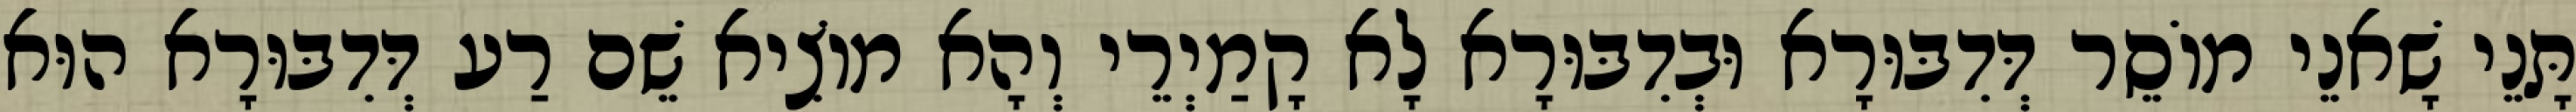
תָּנֵי שָׁאנֵי מוֹסֵר דְּדִבּוּרָא וּבְדִבּוּרָא לָא קָמַיְרֵי וְהָא מוֹצִיא שֵׁם רַע דְּדִבּוּרָא הוּא